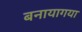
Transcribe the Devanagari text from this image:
बनायागया